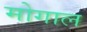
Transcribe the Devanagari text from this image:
मोगाल